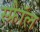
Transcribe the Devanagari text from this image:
स्फ्रैॉल